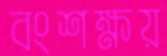
বংশক্ষয়